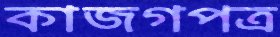
কাজগপত্র